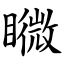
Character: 矀